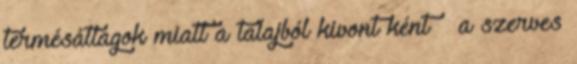
termésátlagok miatt a talajból kivont ként – a szerves